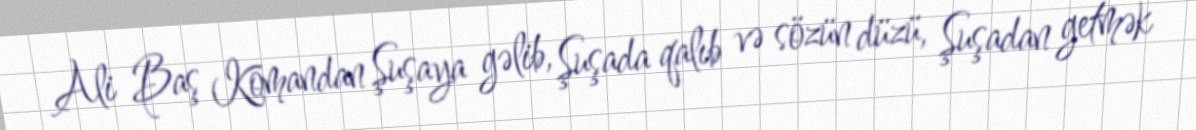
Ali Baş Komandan Şuşaya gəlib, Şuşada qalıb və sözün düzü, Şuşadan getmək